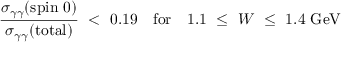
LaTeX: \displaystyle \frac { \sigma _ { \gamma \gamma } ( \mathrm { s p i n ~ 0 } ) } { \sigma _ { \gamma \gamma } ( \mathrm { t o t a l } ) } \ < \ 0 . 1 9 \quad \mathrm { f o r } \quad 1 . 1 \ \leq \ W \ \leq \ 1 . 4 \ \mathrm { G e V }